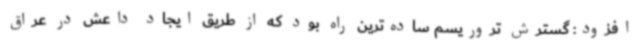
افزود: گسترش تروریسم ساده‌ترین راه بود که از طریق ایجاد داعش در عراق